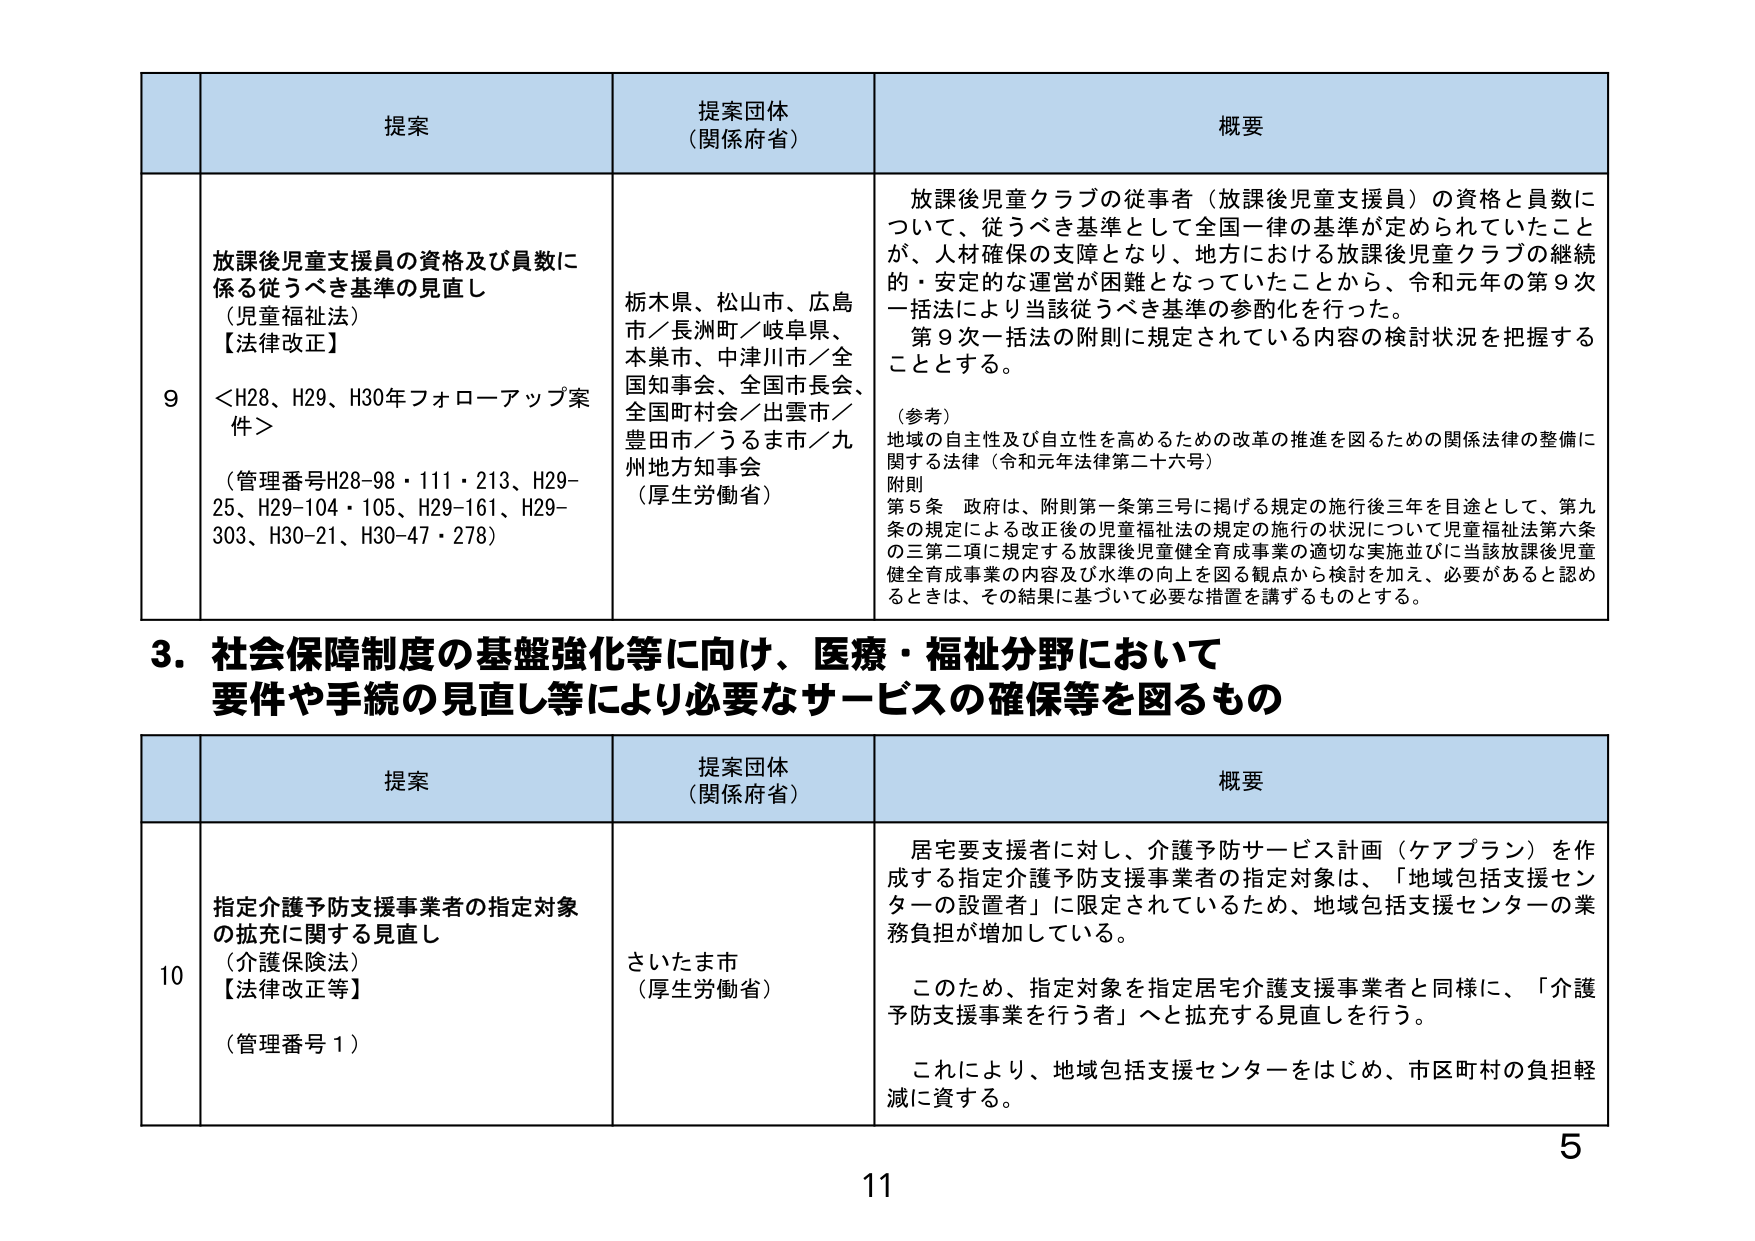
提案
提案団体（関係府省）
概要

9
放課後児童支援員の資格及び員数に係る従うべき基準の見直し
（児童福祉法）
【法律改正】
＜H28、H29、H30年フォローアップ案件＞
（管理番号H28-98・111・213、H29-25、H29-104・105、H29-161、H29-303、H30-21、H30-47・278）

栃木県、松山市、広島市／長洲町／岐阜県、本巣市、中津川市／全国知事会、全国市長会、全国町村会／出雲市／豊田市／うるま市／九州地方知事会
（厚生労働省）

放課後児童クラブの従事者（放課後児童支援員）の資格と員数について、従うべき基準として全国一律の基準が定められていたことが、人材確保の支障となり、地方における放課後児童クラブの継続的・安定的な運営が困難となっていたことから、令和元年の第9次一括法により当該従うべき基準の参酌化を行った。
第9次一括法の附則に規定されている内容の検討状況を把握することとする。

（参考）
地域の自主性及び自立性を高めるための改革の推進を図るための関係法律の整備に関する法律（令和元年法律第二十六号）
附則
第5条 政府は、附則第一条第三号に掲げる規定の施行後三年を目途として、第九条の規定による改正後の児童福祉法の規定の施行の状況について児童福祉法第六条の三第二項に規定する放課後児童健全育成事業の適切な実施並びに当該放課後児童健全育成事業の内容及び水準の向上を図る観点から検討を加え、必要があると認めるときは、その結果に基づいて必要な措置を講ずるものとする。

3．社会保障制度の基盤強化等に向け、医療・福祉分野において要件や手続の見直し等により必要なサービスの確保等を図るもの

提案
提案団体（関係府省）
概要

10
指定介護予防支援事業者の指定対象の拡充に関する見直し
（介護保険法）
【法律改正等】
（管理番号1）

さいたま市
（厚生労働省）

住宅要支援者に対し、介護予防サービス計画（ケアプラン）を作成する指定介護予防支援事業者の指定対象は、「地域包括支援センターの設置者」に限定されているため、地域包括支援センターの業務負担が増加している。

このため、指定対象を指定住宅介護支援事業者と同様に、「介護予防支援事業を行う者」へと拡充する見直しを行う。

これにより、地域包括支援センターをはじめ、市区町村の負担軽減に資する。

5
11